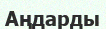
Аңдарды